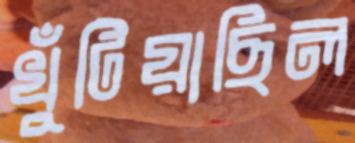
খুঁটিয়াছিল